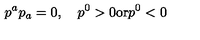
p ^ { a } p _ { a } = 0 , \quad p ^ { 0 } > 0 \mathrm { o r } p ^ { 0 } < 0